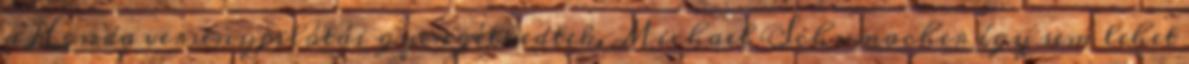
a Honda versenypilótái gyengélkedtek. Michael Schumacher így sem lehet